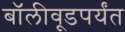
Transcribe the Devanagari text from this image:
बॉलीवूडपर्यंत